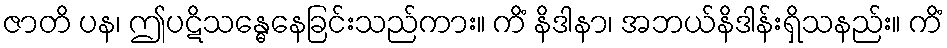
ဇာတိ ပန၊ ဤပဋိသန္ဓေနေခြင်းသည်ကား။ ကိံ နိဒါနာ၊ အဘယ်နိဒါန်းရှိသနည်း။ ကိံ